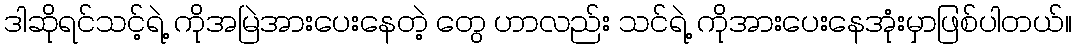
ဒါဆိုရင်သင့်ရဲ့ ကိုအမြဲအားပေးနေတဲ့ တွေ ဟာလည်း သင်ရဲ့ ကိုအားပေးနေအုံးမှာဖြစ်ပါတယ်။